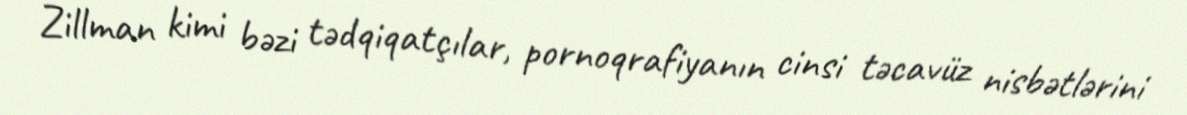
Zillman kimi bəzi tədqiqatçılar, pornoqrafiyanın cinsi təcavüz nisbətlərini